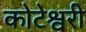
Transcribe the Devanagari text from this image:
कोटेश्वरी